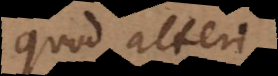
quod alteri